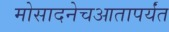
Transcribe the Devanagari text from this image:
मोसादनेचआतापर्यंत